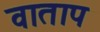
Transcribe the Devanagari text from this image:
वाताप